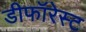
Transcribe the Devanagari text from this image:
डीफॉरेस्ट